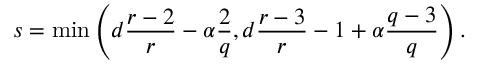
s = \operatorname* { m i n } \left( d \frac { r - 2 } { r } - \alpha \frac { 2 } { q } , d \frac { r - 3 } { r } - 1 + \alpha \frac { q - 3 } { q } \right) .